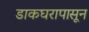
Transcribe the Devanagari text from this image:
डाकघरापासून